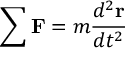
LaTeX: \sum \mathbf { F } = m { \frac { d ^ { 2 } \mathbf { r } } { d t ^ { 2 } } }